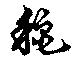
龝